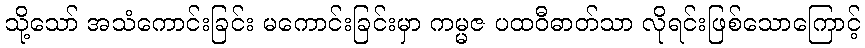
သို့သော် အသံကောင်းခြင်း မကောင်းခြင်းမှာ ကမ္မဇ ပထဝီဓာတ်သာ လိုရင်းဖြစ်သောကြောင့်